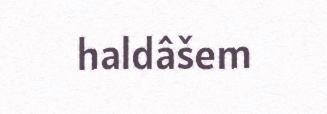
haldâšem